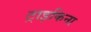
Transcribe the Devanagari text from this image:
ट्राइकिना